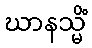
ဃာနသ္မိံ